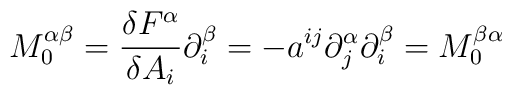
M^{\alpha \beta }_{0}=\frac{\delta F^{\alpha }}{\delta A_{i}}\partial _{i}^{\beta }=-a^{ij}\partial _{j}^{\alpha }\partial _{i}^{\beta }=M^{\beta \alpha }_{0}